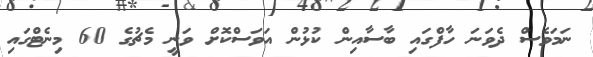
ނަމަވެސް ދެވަނަ ހާފްގައި ބާސާއިން ކުޅުން އަވަސްކޮށް ވަނީ މެޗުގެ 60 މިނެޓްގައި